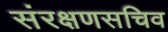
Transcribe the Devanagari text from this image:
संरक्षणसचिव